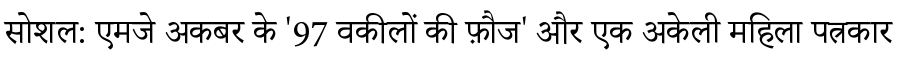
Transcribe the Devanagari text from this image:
सोशल: एमजे अकबर के '97 वकीलों की फ़ौज' और एक अकेली महिला पत्रकार